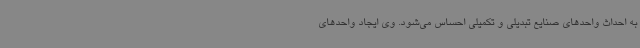
به احداث واحدهای صنایع تبدیلی و تکمیلی احساس می‌شود. وی ایجاد واحدهای